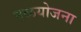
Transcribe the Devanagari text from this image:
नळयोजना